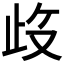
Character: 𱥀